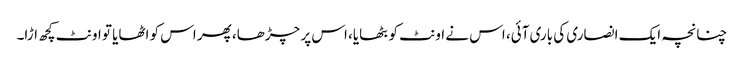
چنانچہ ایک انصاری کی باری آئی، اس نے اونٹ کو بٹھایا، اس پر چڑھا، پھر اس کو اٹھایا تو اونٹ کچھ اڑا۔